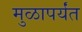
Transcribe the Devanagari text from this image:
मुळापर्यंत